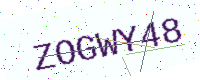
Text: ZOGWY48